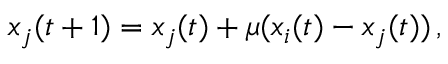
x _ { j } ( t + 1 ) = x _ { j } ( t ) + \mu ( x _ { i } ( t ) - x _ { j } ( t ) ) \, ,